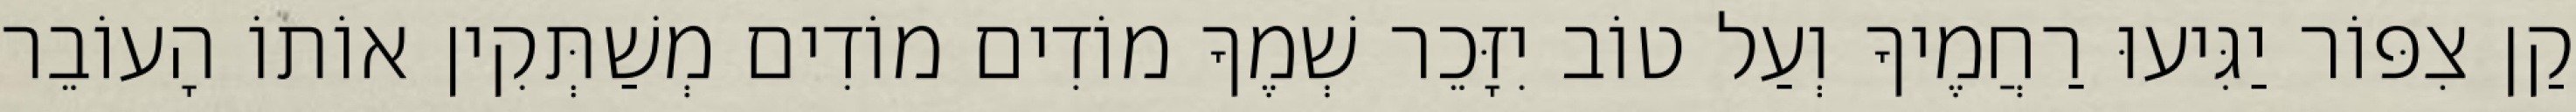
קַן צִפּוֹר יַגִּיעוּ רַחֲמֶיךָ וְעַל טוֹב יִזָּכֵר שְׁמֶךָ מוֹדִים מוֹדִים מְשַׁתְּקִין אוֹתוֹ הָעוֹבֵר